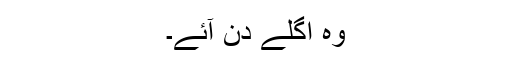
وہ اگلے دن آئے۔